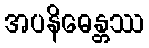
အပနိဓေန္တဿ